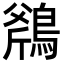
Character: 𪂥